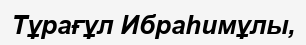
Тұрағұл Ибраһимұлы,